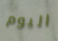
اليوم